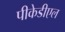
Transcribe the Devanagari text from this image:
पीकेडीएल